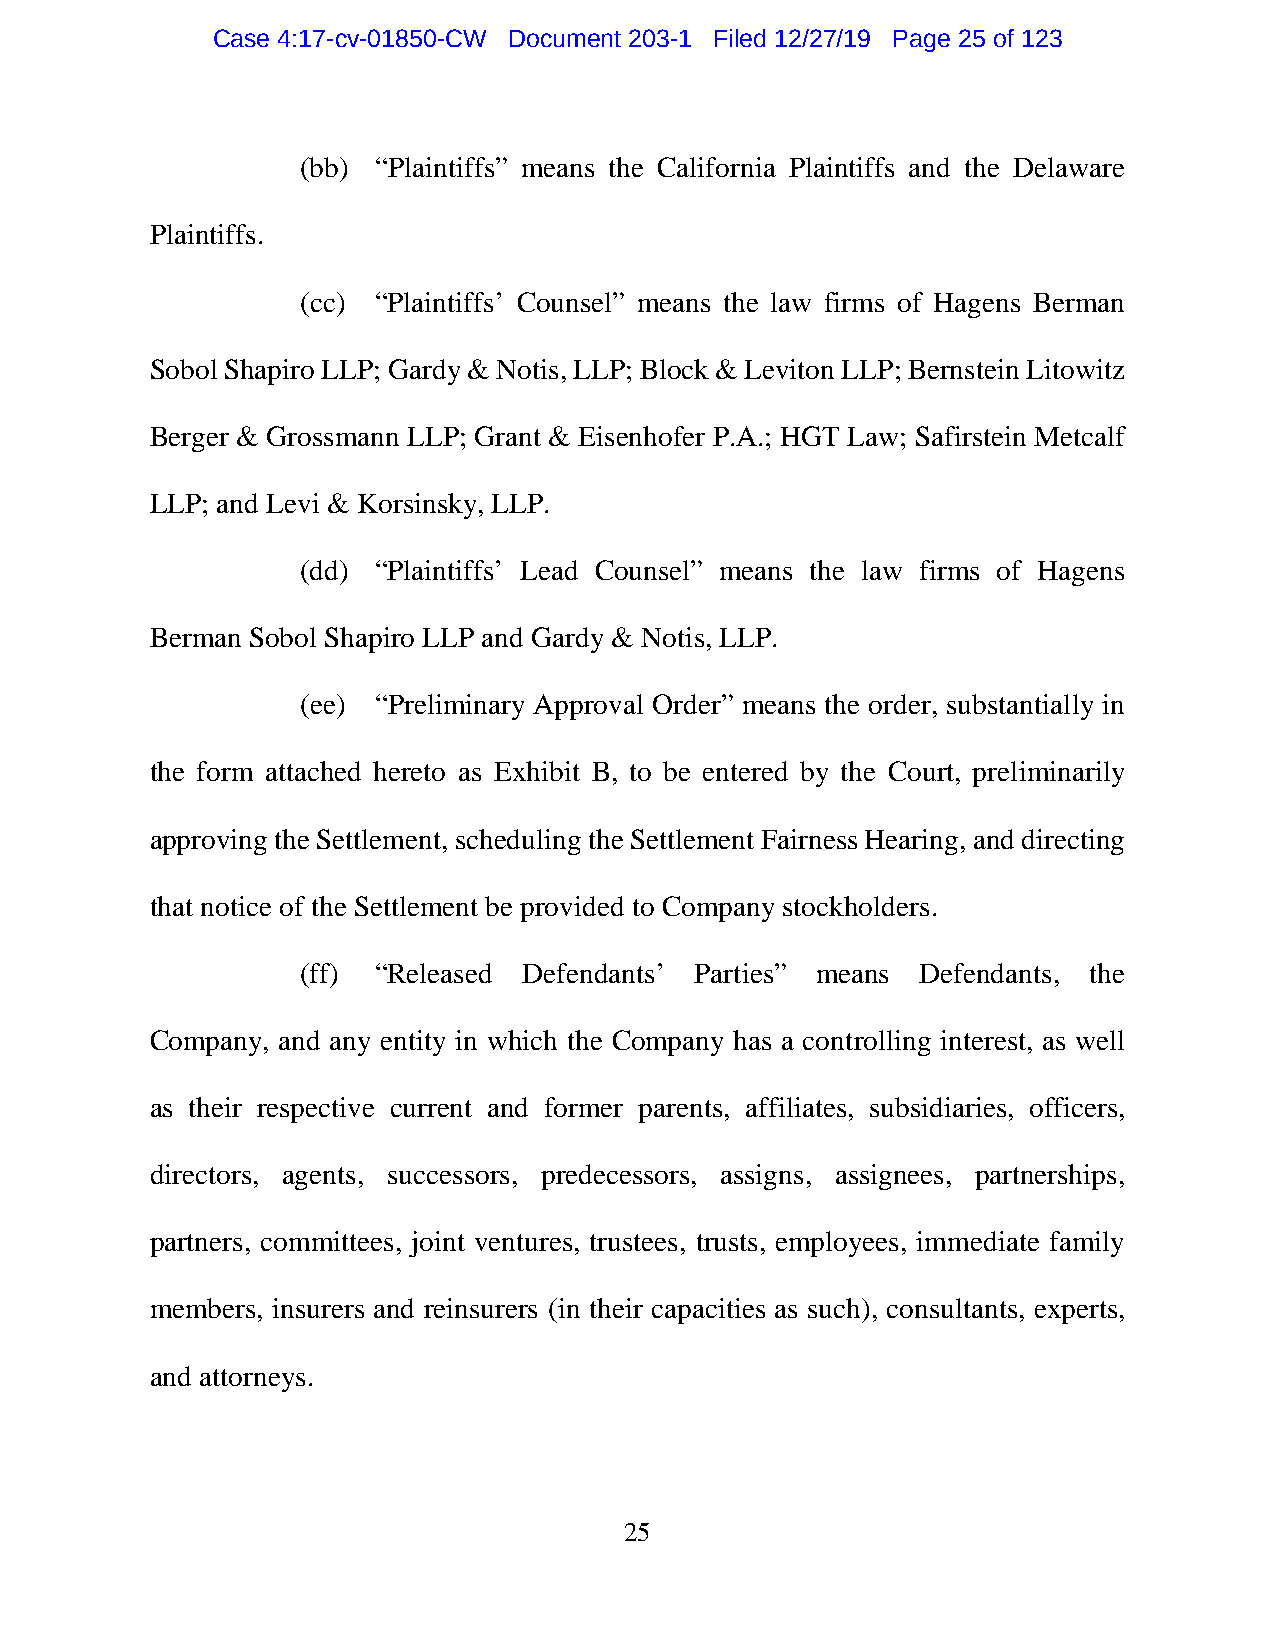
Case 4:17-cv-01850-CW Document 203-1 Filed 12/27/19 Page 25 of 123
 (bb) “Plaintiffs” means the California Plaintiffs and the Delaware
 Plaintiffs.
 (cc) “Plaintiffs’ Counsel” means the law firms of Hagens Berman
 Sobol Shapiro LLP; Gardy & Notis, LLP; Block & Leviton LLP; Bernstein Litowitz
 Berger & Grossmann LLP; Grant & Eisenhofer P.A.; HGT Law; Safirstein Metcalf
 LLP; and Levi & Korsinsky, LLP.
 (dd) “Plaintiffs’ Lead Counsel” means the law firms of Hagens
 Berman Sobol Shapiro LLP and Gardy & Notis, LLP.
 (ee) “Preliminary Approval Order” means the order, substantially in
 the form attached hereto as Exhibit B, to be entered by the Court, preliminarily
 approving the Settlement, scheduling the Settlement Fairness Hearing, and directing
 that notice of the Settlement be provided to Company stockholders.
 (ff) “Released Defendants’ Parties” means Defendants, the
 Company, and any entity in which the Company has a controlling interest, as well
 as their respective current and former parents, affiliates, subsidiaries, officers,
 directors, agents, successors, predecessors, assigns, assignees, partnerships,
 partners, committees, joint ventures, trustees, trusts, employees, immediate family
 members, insurers and reinsurers (in their capacities as such), consultants, experts,
 and attorneys.
 25